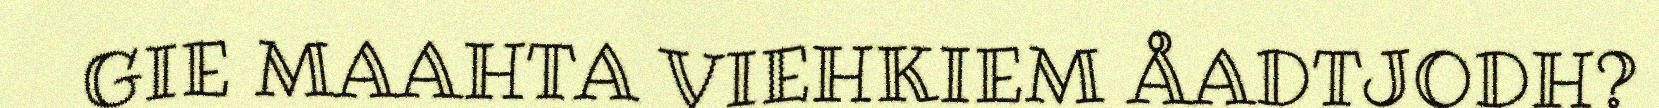
GIE MAAHTA VIEHKIEM ÅADTJODH?